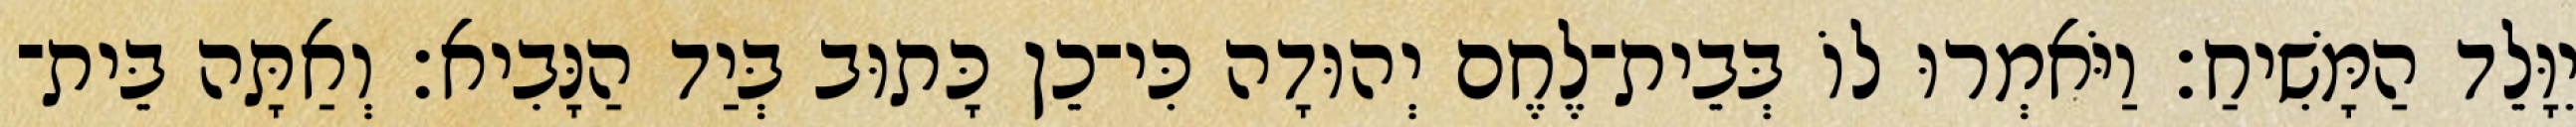
יִוָּלֵד הַמָּשִׁיחַ׃ וַיֹּאמְרוּ לוֹ בְּבֵית־לֶחֶם יְהוּדָה כִּי־כֵן כָּתוּב בְּיַד הַנָּבִיא׃ וְאַתָּה בֵּית־